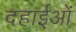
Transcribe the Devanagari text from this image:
दहाईओं